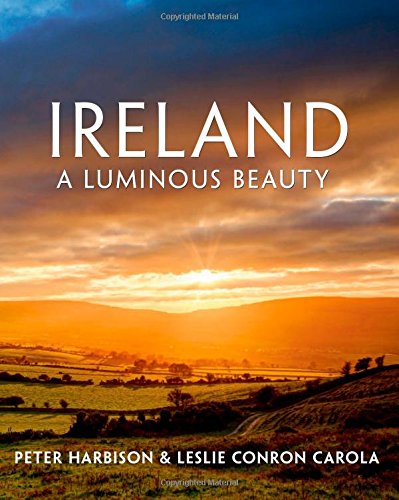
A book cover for Ireland: A Luminous Beauty; Peter Harbison; Arts & Photography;